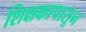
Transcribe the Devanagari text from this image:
शिक्षकापासून